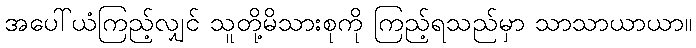
အပေါ်ယံကြည့်လျှင် သူတို့မိသားစုကို ကြည့်ရသည်မှာ သာသာယာယာ။